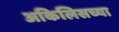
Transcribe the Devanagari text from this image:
अकिलिसच्या